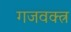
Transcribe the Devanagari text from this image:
गजवक्त्र